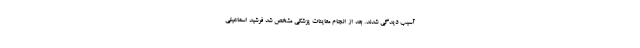
آسیب دیدگی شدند. بعد از انجام معاینات پزشکی مشخص شد فرشید اسماعیلی